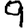
Digit: 9